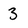
Character: 3